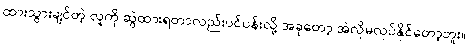
ထားသွားချင်တဲ့ လူကို ဆွဲထားရတာလည်းပင်ပန်းလို့ အခုတော့ အဲလိုမလုပ်နိုင်တော့ဘူး။